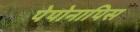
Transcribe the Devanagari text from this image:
पेपोनापिस